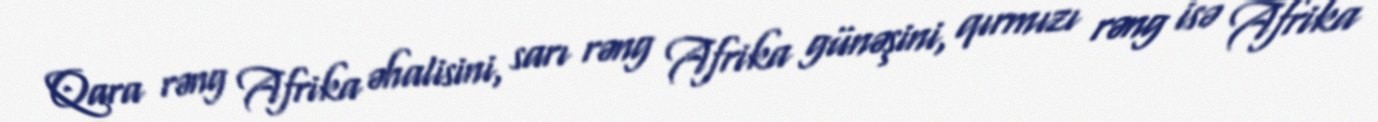
Qara rəng Afrika əhalisini, sarı rəng Afrika günəşini, qırmızı rəng isə Afrika